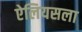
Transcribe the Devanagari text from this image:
ऐलियसला